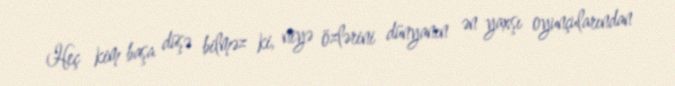
Heç kim başa düşə bilməz ki, niyə özlərini dünyanın ən yaxşı oyunçularından